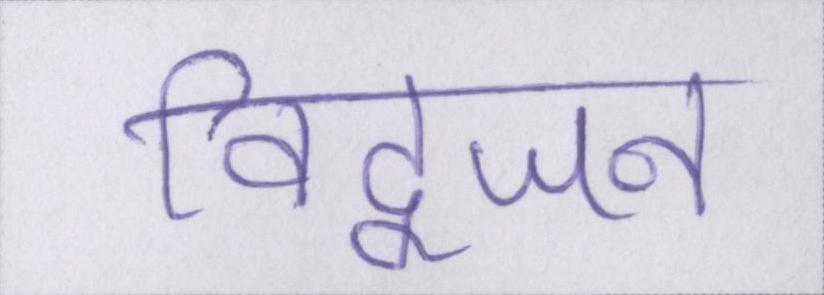
विद्वजन